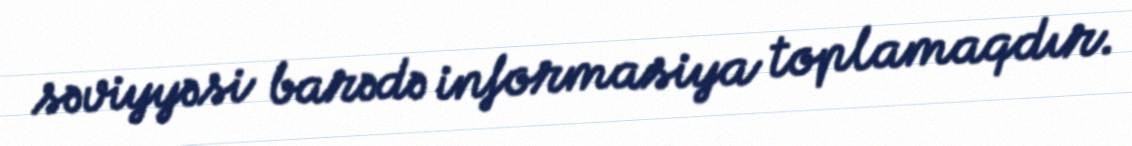
səviyyəsi barədə informasiya toplamaqdır.